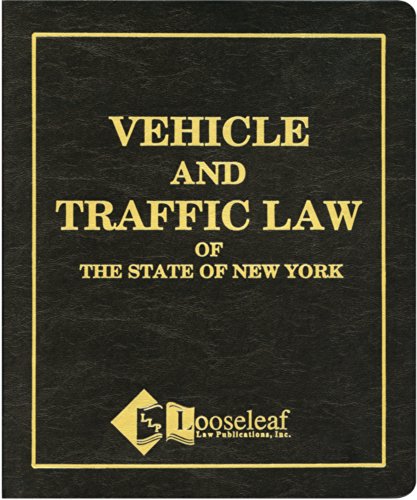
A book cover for Vehicle & Traffic Law; Author Not Stated; Law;